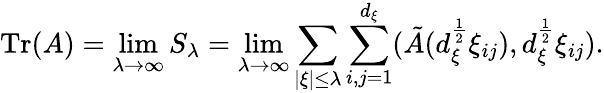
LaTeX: \textnormal{Tr}(A)=\operatorname*{lim}_{\lambda\rightarrow\infty}S_{\lambda}=\operatorname*{lim}_{\lambda\rightarrow\infty}\sum_{|\xi|\leq\lambda}\sum_{i,j=1}^{d_{\xi}}(\tilde{A}(d_{\xi}^{\frac{1}{2}}\xi_{ij}),d_{\xi}^{\frac{1}{2}}\xi_{ij}).